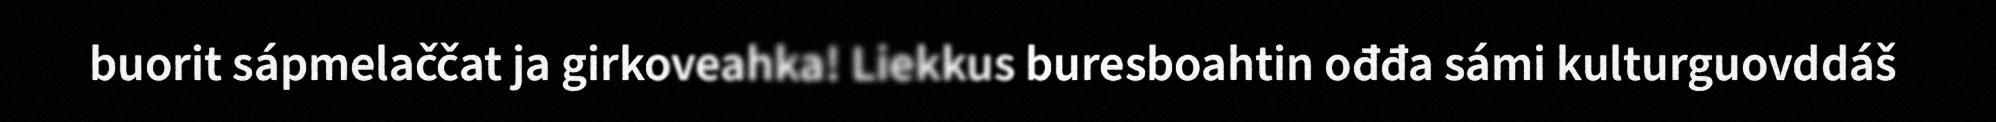
buorit sápmelaččat ja girkoveahka! Liekkus buresboahtin ođđa sámi kulturguovddáš